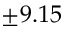
\pm 9 . 1 5 \